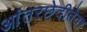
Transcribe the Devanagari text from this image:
आंतरछेदीतेवर